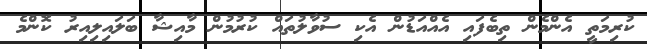
ކުރިމަތީ އެންމެން ތިބެފައި އެއްއަޑުން އެކި ސުވާލުތައް ކުރުމުން މާއިޝާ ބަލައިލިއިރު ކޮންމެ